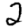
Digit: 2